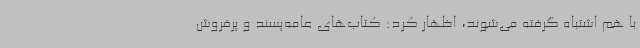
با هم اشتباه گرفته می‌شوند، اظهار کرد: کتاب‌های عامه‌پسند و پرفروش